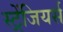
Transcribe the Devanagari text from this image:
स्ट्रेंजियर्स